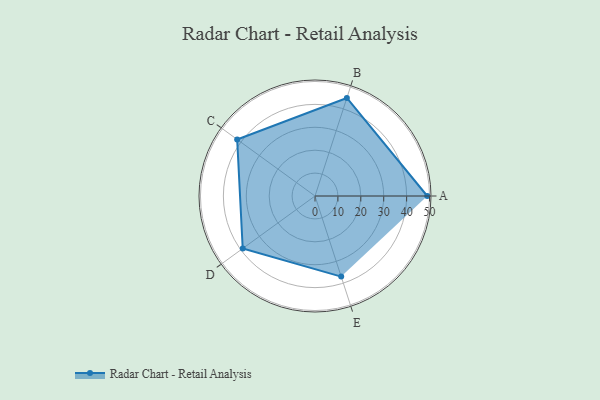
{"axis": {"x": "Skill", "y": "Score"}, "legend": ["Profile"], "data": [{"x": "A", "y": 49.0, "type": "Profile"}, {"x": "B", "y": 45.0, "type": "Profile"}, {"x": "C", "y": 42.0, "type": "Profile"}, {"x": "D", "y": 39.0, "type": "Profile"}, {"x": "E", "y": 37.0, "type": "Profile"}]}